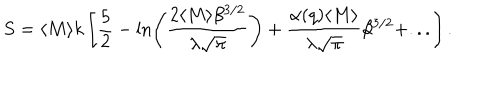
LaTeX: S = \langle M \rangle k \left[ \frac { 5 } { 2 } - \ln \left( \frac { 2 \langle M \rangle \beta ^ { 3 / 2 } } { \lambda \sqrt { \pi } } \right) + \frac { \alpha ( q ) \langle M \rangle } { \lambda \sqrt { \pi } } \beta ^ { 3 / 2 } + . . . \right] .